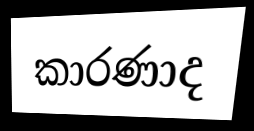
කාරණාද